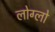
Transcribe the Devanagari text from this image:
लोग्लो